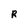
Character: R